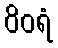
ဝိဝရံ